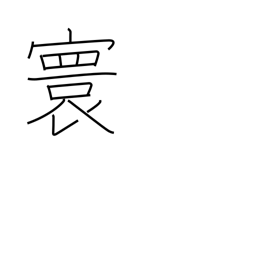
Meaning: imperial domain